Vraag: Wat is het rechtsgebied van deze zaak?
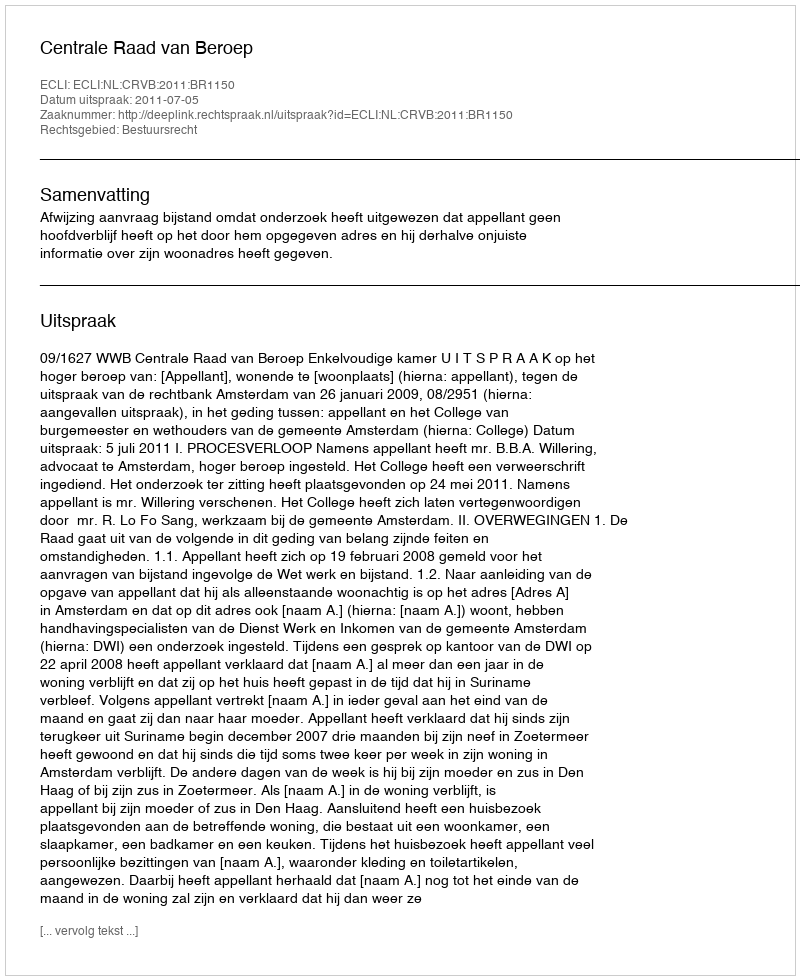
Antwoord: Bestuursrecht